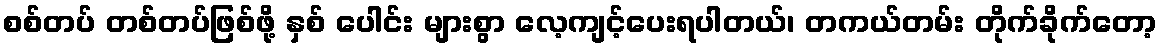
စစ်တပ် တစ်တပ်ဖြစ်ဖို့ နှစ် ပေါင်း များစွာ လေ့ကျင့်ပေးရပါတယ်၊ တကယ်တမ်း တိုက်ခိုက်တော့